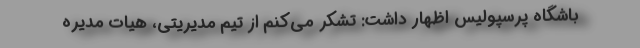
باشگاه پرسپولیس اظهار داشت: تشکر می‌کنم از تیم مدیریتی، هیات مدیره